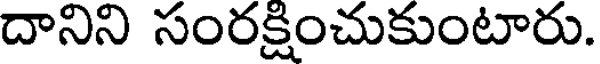
దానిని సంరక్షించుకుంటారు.